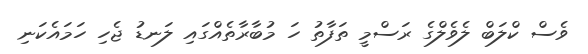
ވެސް ކްލަބް ލެވެލްގެ ރަސްމީ ތަފާތު ހަ މުބާރާތެއްގައި ލަނޑު ޖެހި ހަމައެކަނި